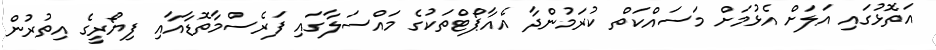
އަތޮޅުގައި އަލަށް އެޅުމަށް މަސައްކަތް ކުރަމުންދާ އެއާޕޯޓްތަކުގެ މައްސަލާގައި ފަރެސްމާތޮޑާއާއި ފިޔޯރީގެ އިތުރުން